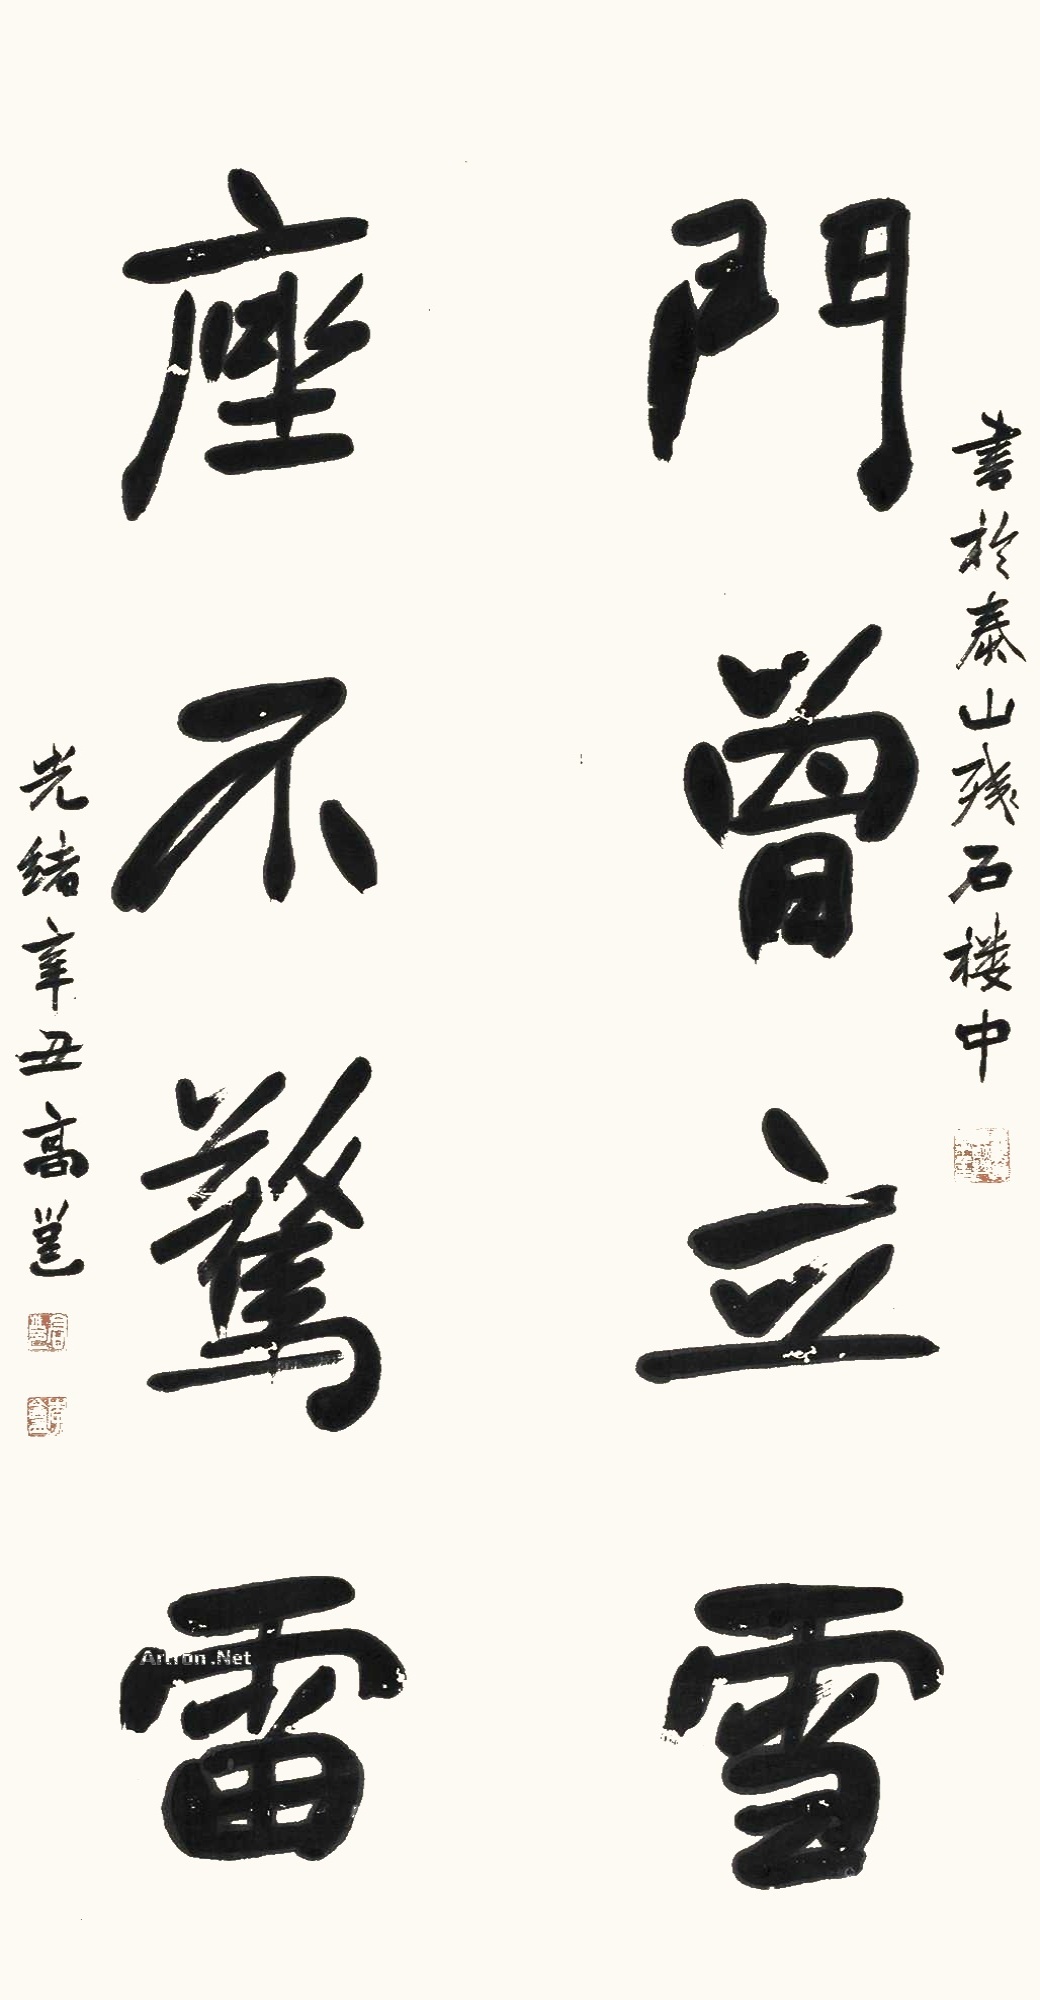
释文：门曾立雪，座不惊雷。书于泰山残石楼中，光绪辛丑高邕。